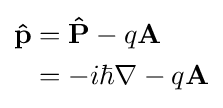
{\begin{aligned}\mathbf {\hat {p}} &=\mathbf {\hat {P}} -q\mathbf {A} \\&=-i\hbar \nabla -q\mathbf {A} \\\end{aligned}}\,\!